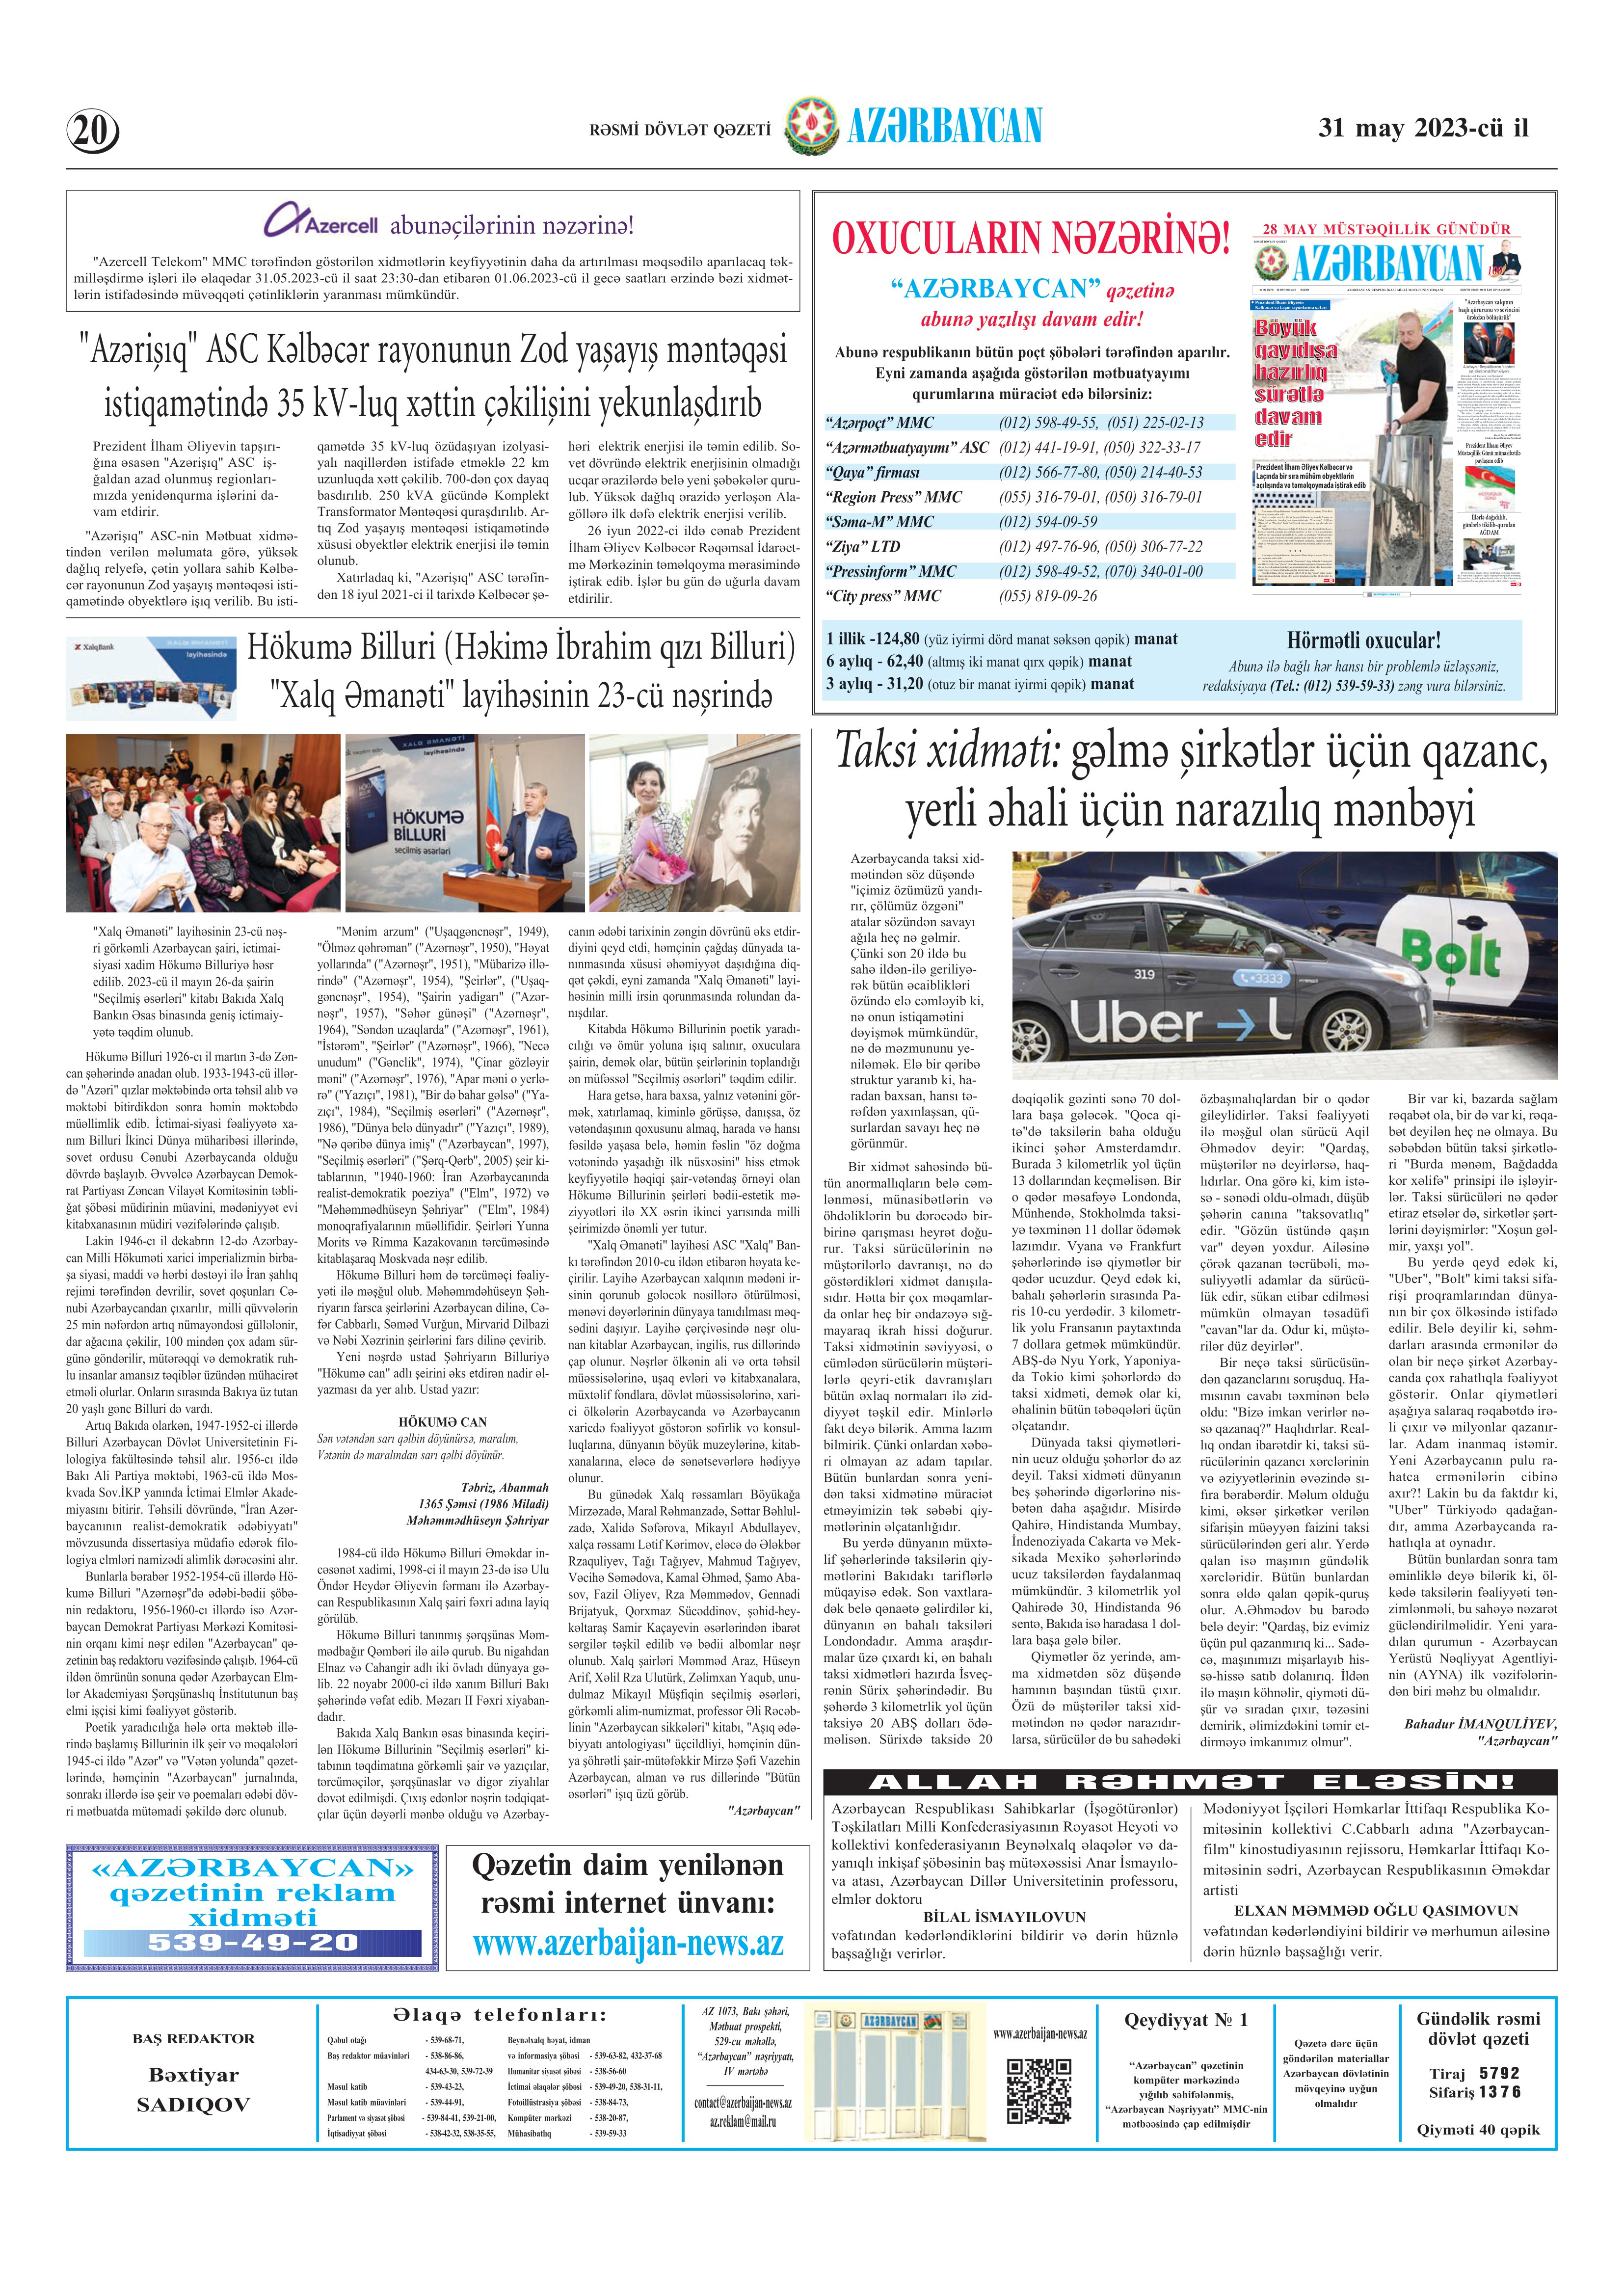
Language: az